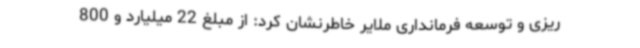
ریزی و توسعه فرمانداری ملایر خاطرنشان کرد: از مبلغ 22 میلیارد و 800